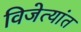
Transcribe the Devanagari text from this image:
विजेत्यांत